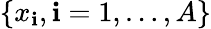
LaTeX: \{ x_{\mathbf{i}},\mathbf{i}=1,\dots,A\}